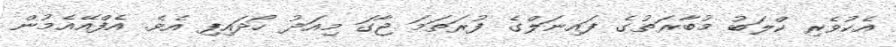
އެކުވެރި ކްލަބު މުބާރަތުގެ ފައިނަލްގެ ފުރަތަމަ ޖާގަ މިއަދު ހޯދައިފި އެވެ. އެފްއޭއެމުން